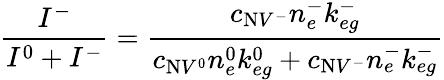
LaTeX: \frac{I^{-}}{I^{0}+I^{-}}=\frac{c_{\mathrm{N}V^{-}}n_{e}^{-}k_{eg}^{-}}{c_{\mathrm{N}V^{0}}n_{e}^{0}k_{eg}^{0}+c_{\mathrm{N}V^{-}}n_{e}^{-}k_{eg}^{-}}